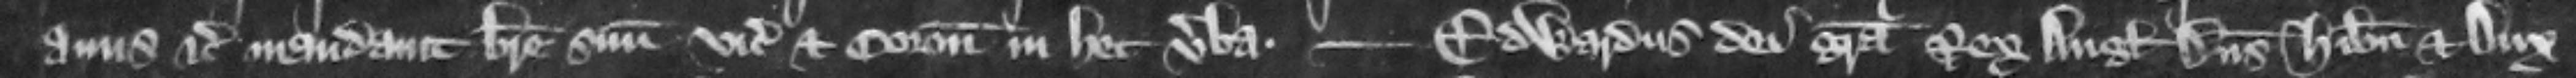
auus etc mandauit breue suum vicecomiti et coronatoribus in hec verba. --- Edwardus dei gracia rex Anglie dominus Hibernie. et dux